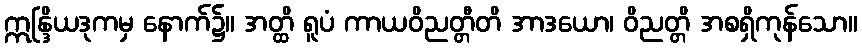
ဣန္ဒြိယဒုကမှ နောက်၌။ အတ္ထိ ရူပံ ကာယဝိညတ္တီတိ အာဒယော၊ ဝိညတ္တိ အစရှိကုန်သော။